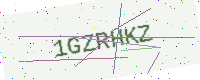
Text: 1GZRHKZ